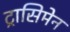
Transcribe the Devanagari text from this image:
ट्रासिमेन